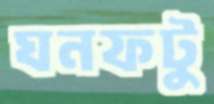
ঘনফটু